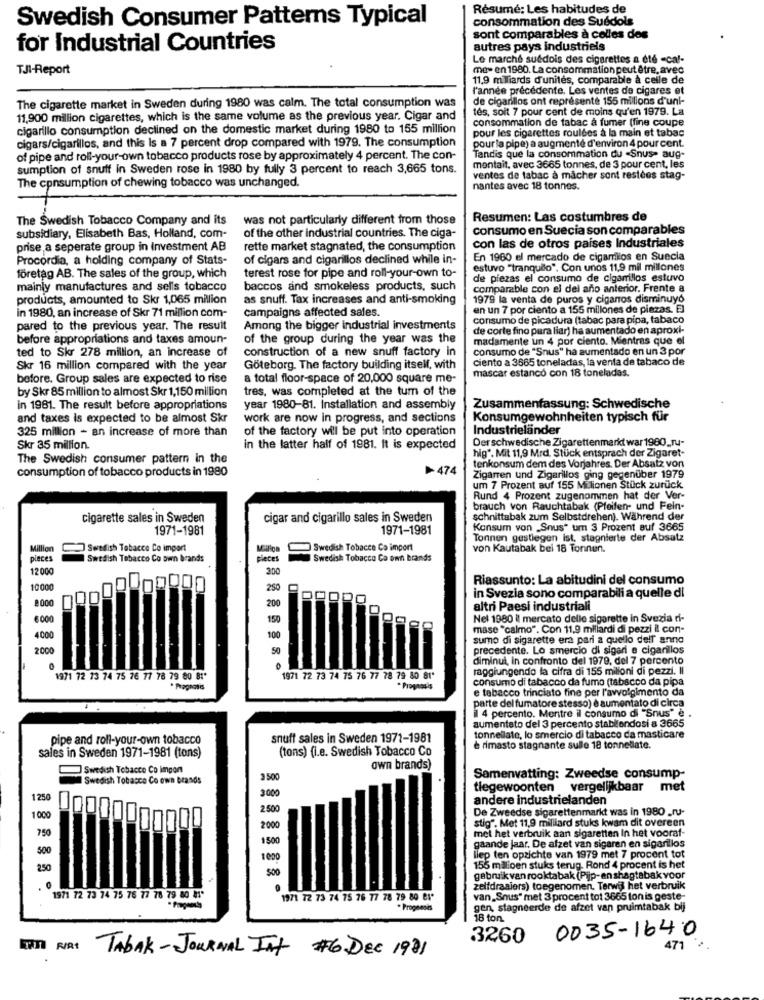
Résumé: Les habitudes de
Swedish Consumer Patterns Typical
consommation des Suédois
sont comparables à colles des
for Industrial Countries
autres pays industriels
Le marché suédois des cigarettes a été -caf-
TJI-Report
me- en 1980. La consommation peut être, avec
11,9 milliards d'unités, comparable à celle de
l'année précédente. Les ventes de cigares et
de cigarillos ont représente 155 millions d'uni-
The cigarette market in Sweden during 1980 was calm. The total consumption was
tés, soit 7 pour cent de moins qu'en 1979. La
11,900 million cigarettes, which is the same volume as the previous year. Cigar and
consommation de tabac à fumer (fine coupe
cigarillo consumption declined on the domestic market during 1980 to 155 million
pour les cigarettes roulées à la main et tabac
cigars/cigarillos, and this Is a 7 percent drop compared with 1979. The consumption
pour la pipe) a augmenté d'environ 4 pour cent.
Tandis que la consommation du "Snus- aug-
of pipe and roll-your-own tobacco products rose by approximately 4 percent. The con-
sumption of snuff in Sweden rose in 1980 by fully 3 percent to reach 3,665 tons.
mentait, avec 3665 tonnes, de 3 pour cent, les
ventes de tabac à mâcher sont restées stag-
The consumption of chewing tobacco was unchanged.
nantes avec 18 tonnes.
The Swedish Tobacco Company and its
was not particularly different from those
Resumen: Las costumbres de
of the other industrial countries. The ciga-
consumo en Suecia son comparables
subsidiary, Elisabeth Bas, Holland, com-
prise a seperate group in Investment AB
rette market stagnated, the consumption
con las de otros países Industriales
Procordia, a holding company of Stats-
of cigars and cigarillos declined while in-
En 1960 el mercado de cigamilos en Suecia
estuvo "tranquilo", Con unos 11,9 mil millones
företag AB. The sales of the group, which
terest rose for pipe and roll-your-own to-
de piezas el consumo de cigarrillos estuvo
mainly manufactures and sells tobacco
baccos and smokeless products, such
comparable con el del año anterior. Frente a
products, amounted to Skr 1,065 million
as snuff. Tax increases and anti-smoking
1979 la venta de puros y ciganos disminuyó
campaigns affected sales.
en un 7 por ciento a 155 millones de piezas. El
in 1980, an increase of Skr 71 million com-
consumo de picadura (tabac para pipa, tabaco
pared to the previous year. The result
Among the bigger Industrial investments
de corte fino para liar) ha aumentado en aproxi-
before appropriations and taxes amoun-
of the group during the year was the
madamente un 4 por ciento. Mientras que el
ted to Skr 278 million, an increase of
construction of a new snuff factory in
consumo de "Snus" ha aumentado en un 3 por
ciento a 3665 toneladas, la venta de tabaco de
Skr 16 million compared with the year
Göteborg. The factory building itself, with
mascar estanco con 18 toneladas.
before. Group sales are expected to rise
a total floor-space of 20,000 square me-
by Skr 85 million to almost Skr 1,150 million
tres, was completed at the tum of the
in 1981. The result before appropriations
year 1980-81. installation and assembly
Zusammenfassung: Schwedische
and taxes is expected to be almost Skr
work are now in progress, and sections
Konsumgewohnheiten typisch für
325 million - an increase of more than
of the factory will be put into operation
Industrieländer
Derschwedische Zigarettenmarkt war 1980_ru-
Skr 35 million.
in the latter half of 1981. It is expected
hig". Mit 11,9 Mrd. Stück entsprach der Zigaret-
The Swedish consumer pattern in the
tenkonsum dem des Vorjahres. Der Absatz von
consumption of tobacco products in 1980
474
Zigarren und Zigarillos ging gegenüber 1979
um 7 Prozent auf 155 Milionen Stück zurück.
Rund 4 Prozent zugenommen hat der Ver-
brauch von Rauchtabak (Pfeifen- und Fein-
cigarette sales in Sweden
cigar and cigarillo sales in Sweden
schnittabak zum Selbstdrehen). Während der
1971-1981
1971-1981
Konsum von _Snus" um 3 Prozent auf 3665
Tonnen gestiegen ist, stagnierte der Absatz
Million
Swedish Tobacco Co import
Swedish Tobacco Co import
von Kautabak bel 18 Tonnen.
pieces
Swedish Tobacco Co own brands
pieces
Swedish Tobacco Co om brands
2000
200
Riassunto: La abitudini del consumo
10:000
-
250
in Svezia sono comparabili a quelle di
200
altri Paesi industriali
8000
150
Nel 1980 il mercato delle sigarette in Svezia di-
mase "calmo". Con 11,9 miliardi di pezzi il con-
400
100
sumo di sigarette era pari a quello dell' anno
2000
50
precedente. Lo smercio di sigari e cigarillos
diminui, in confronto del 1979, del 7 percento
raggiungendo la cifra di 155 milioni di pezzi. Il
1971 72 13 74 75 76 77 78 79 80 81*
1971 72 73 74 75 76 77 78 79 80 81*
consumo di tabacco da fumo (tabacco da pipa
* Pragmatis
Prognosis
e tabacco trinciato fine per l'avvolgimento da
parte del fumatore stesso) è aumentato di circa
il 4 percento. Mentre il consumo di "Snus" e .
aumentato del 3 percento stabilendosi a 3665
pipe and roll-your-own tobacco
snuff sales in Sweden 1971-1981
tonnellate, lo smercio di tabacco da masticare
(tons) (i.e. Swedish Tobacco Co
è rimasto stagnante sulle 18 tonnellate.
sales in Sweden 1971-1981 (tons)
Swedish Tobacco Co impon
own brands)
Swedish Tobacco Co own brands
3 500
Samenvatting: Zweedse consump-
tlegewoonten vergelijkbaar
met
1250
3000
andere industrielanden
2.500
De Zweedse sigarettenmarkt was in 1980 _ru-
1000
750
2000
stig". Met 11,9 milliard stuks kwam dit overeen
1500
met het verbruik aan sigaretten In het vooraf-
500
gaande jaar. De afzet van sigaren en sigarillos
1000
liep ten opzichte van 1979 met 7 procent tot
250
155 malioen stuks terug. Rond 4 procent is het
gebruik van rooktabak (Pijp-en shagtabak voor
zelfdraaiers) toegenomen. Terwij het verbruik
1971 72 73 74 75 76 77 78 79 80 81*
1971 72 73 74 75 76 77 78 79 80 81'
van_Snus" met 3 procent tot 3665 ton is geste-
- Preguntas
gen, stagneerde de afzet van pruimtabak bij
16 ton.
0035-1640
3260
471 .
In Nat TABAK - JOURNAL Int #6. DEC 1991